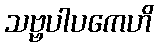
သဗ္ဗပါပကေဟိ